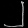
Digit: ၂